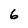
Character: 6